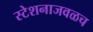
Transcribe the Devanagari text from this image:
स्टेशनाजवळच